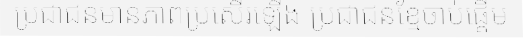
ប្រជាជនមានភាពប្រសើរឡើង ប្រជាជនខ្មែចាប់ផ្តើម